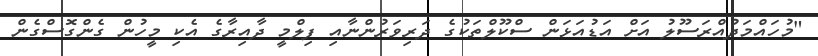
"މުހައްމަދުއްރަސޫލު އަށް އަޑުއަޅަން ސްކޫލްތަކުގެ ދަރިވަރުންނާއި ފިލްމީ ދާއިރާގެ އެކި މީހުން ގެންގޮސްގެން